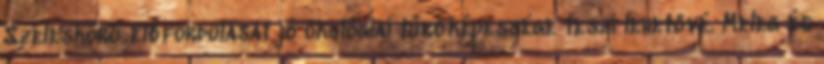
Széleskörű előfordulását jó ökológiai tűrőképessége teszi lehetővé. Meleg és